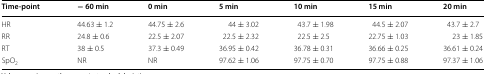
<table><thead><tr><td><b>Time-point</b></td><td><b>− 60 min</b></td><td><b>0 min</b></td><td><b>5 min</b></td><td><b>10 min</b></td><td><b>15 min</b></td><td><b>20 min</b></td></tr></thead><tbody><tr><td>HR</td><td>44.63 ± 1.2</td><td>44.75 ± 2.6</td><td>44 ± 3.02</td><td>43.7 ± 1.98</td><td>44.5 ± 2.07</td><td>43.7 ± 2.7</td></tr><tr><td>RR</td><td>24.8 ± 0.6</td><td>22.5 ± 2.07</td><td>22.5 ± 2.32</td><td>22.5 ± 2.5</td><td>22.75 ± 1.03</td><td>23 ± 1.85</td></tr><tr><td>RT</td><td>38 ± 0.5</td><td>37.3 ± 0.49</td><td>36.95 ± 0.42</td><td>36.78 ± 0.31</td><td>36.66 ± 0.25</td><td>36.61 ± 0.24</td></tr><tr><td>SpO<sub>2</sub></td><td>NR</td><td>NR</td><td>97.62 ± 1.06</td><td>97.75 ± 0.70</td><td>97.75 ± 0.88</td><td>97.37 ± 1.06</td></tr></tbody></table>